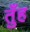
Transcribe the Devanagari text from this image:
तुँह